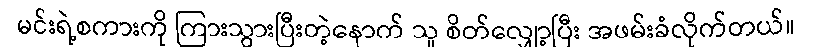
မင်းရဲ့စကားကို ကြားသွားပြီးတဲ့နောက် သူ စိတ်လျှော့ပြီး အဖမ်းခံလိုက်တယ်။